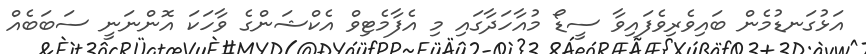
އަޅުގަނޑުމެން ބައިވެރިވެފައިވާ ސީޑޯ މުއާހަދާގައި މި އެފާމެޓިވް އެކްޝަންގެ ވާހަކަ އޮންނަނީ ސަބަބެއް